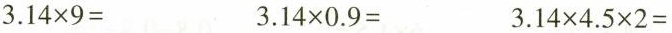
$$3.14 \times 9=$$ $$3.14 \times 0.9=$$ $$3.14 \times 4.5 \times 2=$$